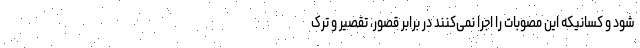
شود و کسانیکه این مصوبات را اجرا نمی‌کنند در برابر قصور، تقصیر و ترک